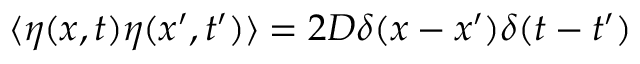
\langle \eta ( x , t ) \eta ( x ^ { \prime } , t ^ { \prime } ) \rangle = 2 D \delta ( x - x ^ { \prime } ) \delta ( t - t ^ { \prime } )